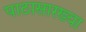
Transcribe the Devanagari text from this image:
पाठासारख्या